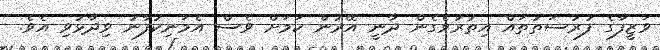
ވަޒީފާގެ ފުރުސަތުތައް އިތުރުވެގެން ދާނީ އޭރުން ކަމަށް ވެސް އެމަނިކުފާނު ވިދާޅުވި އެވެ.